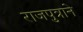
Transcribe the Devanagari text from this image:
राजपुत्राने